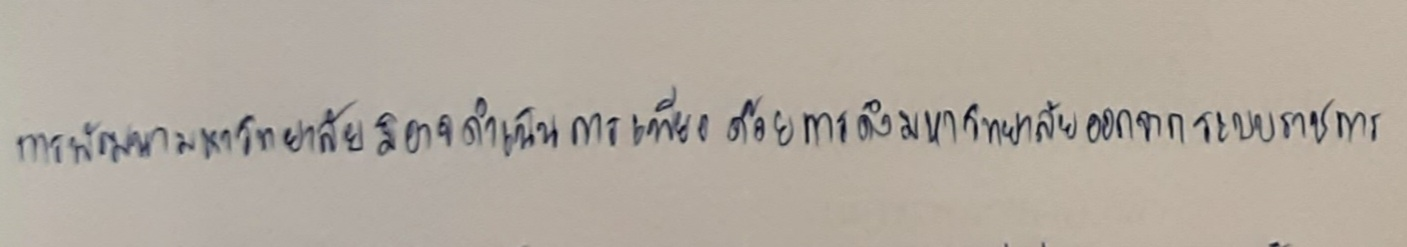
การพัฒนามหาวิทยาลัยมิอาจดำเนินการเพียงด้วยการดึงมหาวิทยาลัยออกจากระบบราชการ